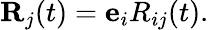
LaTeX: \begin{array}{r}{{\mathbf R}_{j}(t)={\mathbf e}_{i}R_{ij}(t).}\end{array}